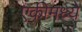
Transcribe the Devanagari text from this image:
एकीमध्ये